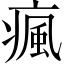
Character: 瘋